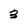
Character: 3